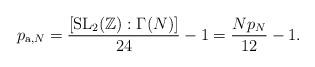
LaTeX: \begin{align*}p_{\mathrm{a},N}=\frac{[\mathrm{SL}_{2}(\mathbb{Z}):\Gamma(N)]}{24}-1=\frac{Np_{N}}{12}-1.\end{align*}